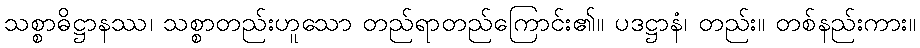
သစ္စာဓိဋ္ဌာနဿ၊ သစ္စာတည်းဟူသော တည်ရာတည်ကြောင်း၏။ ပဒဋ္ဌာနံ၊ တည်း။ တစ်နည်းကား။